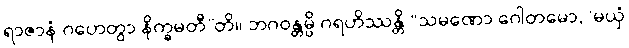
ရာဇာနံ ဂဟေတွာ နိက္ခမတီ”တိ။ ဘဂဝန္တမ္ပိ ဂရဟိဿန္တိ “သမဏော ဂေါတမော, ‘မယှံ